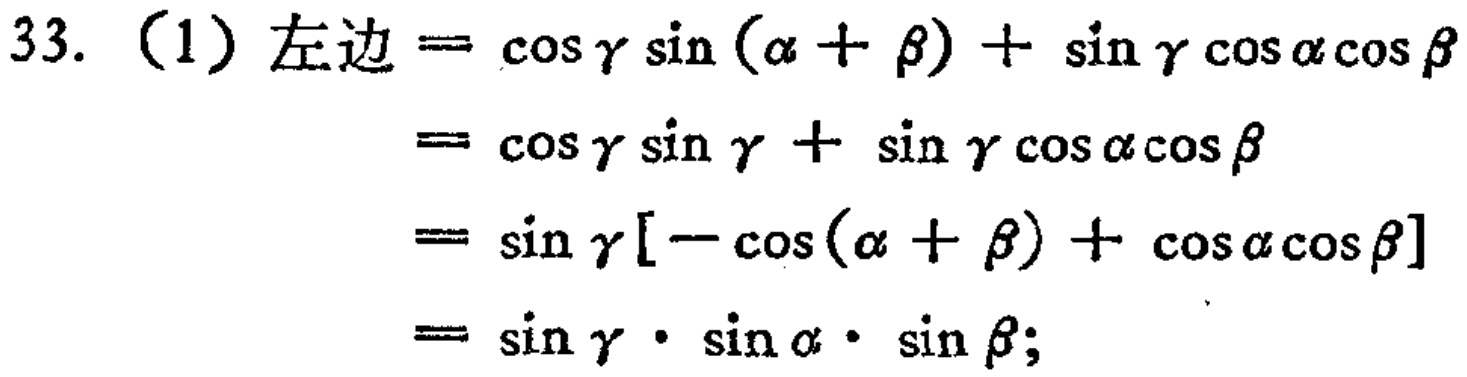
33. （1）左边$=\cos\gamma\sin(\alpha + \beta)+\sin\gamma\cos\alpha\cos\beta$

$=\cos\gamma\sin\gamma+\sin\gamma\cos\alpha\cos\beta$

$=\sin\gamma[-\cos(\alpha + \beta)+\cos\alpha\cos\beta]$

$=\sin\gamma\cdot\sin\alpha\cdot\sin\beta;$